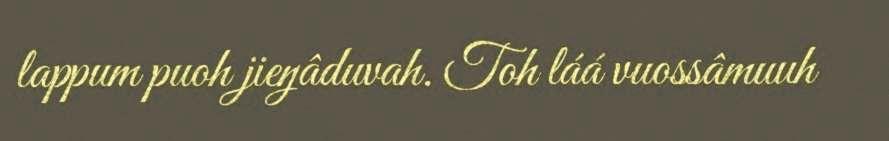
lappum puoh jieŋâduvah. Toh láá vuossâmuuh